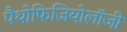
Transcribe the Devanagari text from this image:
पैथोफिजियोलॉजी